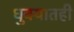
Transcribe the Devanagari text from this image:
धुक्यातही